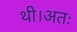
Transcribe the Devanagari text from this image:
थी।अतः